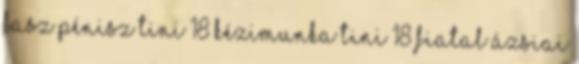
fasz pénisz tini 18 kézimunka tini 18 fiatal ázsiai